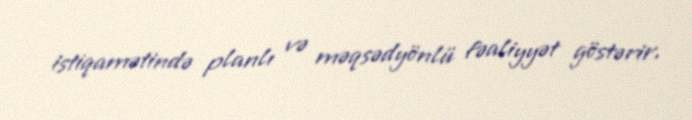
istiqamətində planlı və məqsədyönlü fəaliyyət göstərir.